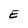
Character: E